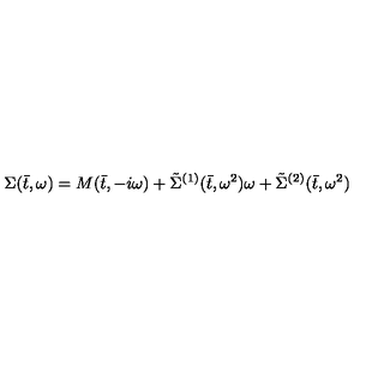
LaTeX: \Sigma ( \bar { t } , \omega ) = M ( \bar { t } , - i \omega ) + \tilde { \Sigma } ^ { ( 1 ) } ( \bar { t } , \omega ^ { 2 } ) \omega + \tilde { \Sigma } ^ { ( 2 ) } ( \bar { t } , \omega ^ { 2 } )